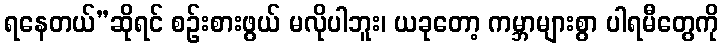
ရနေတယ်”ဆိုရင် စဉ်းစားဖွယ် မလိုပါဘူး၊ ယခုတော့ ကမ္ဘာများစွာ ပါရမီတွေကို